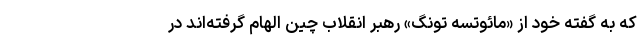
که به گفته خود از «مائوتسه تونگ» رهبر انقلاب چین الهام گرفته‌اند در